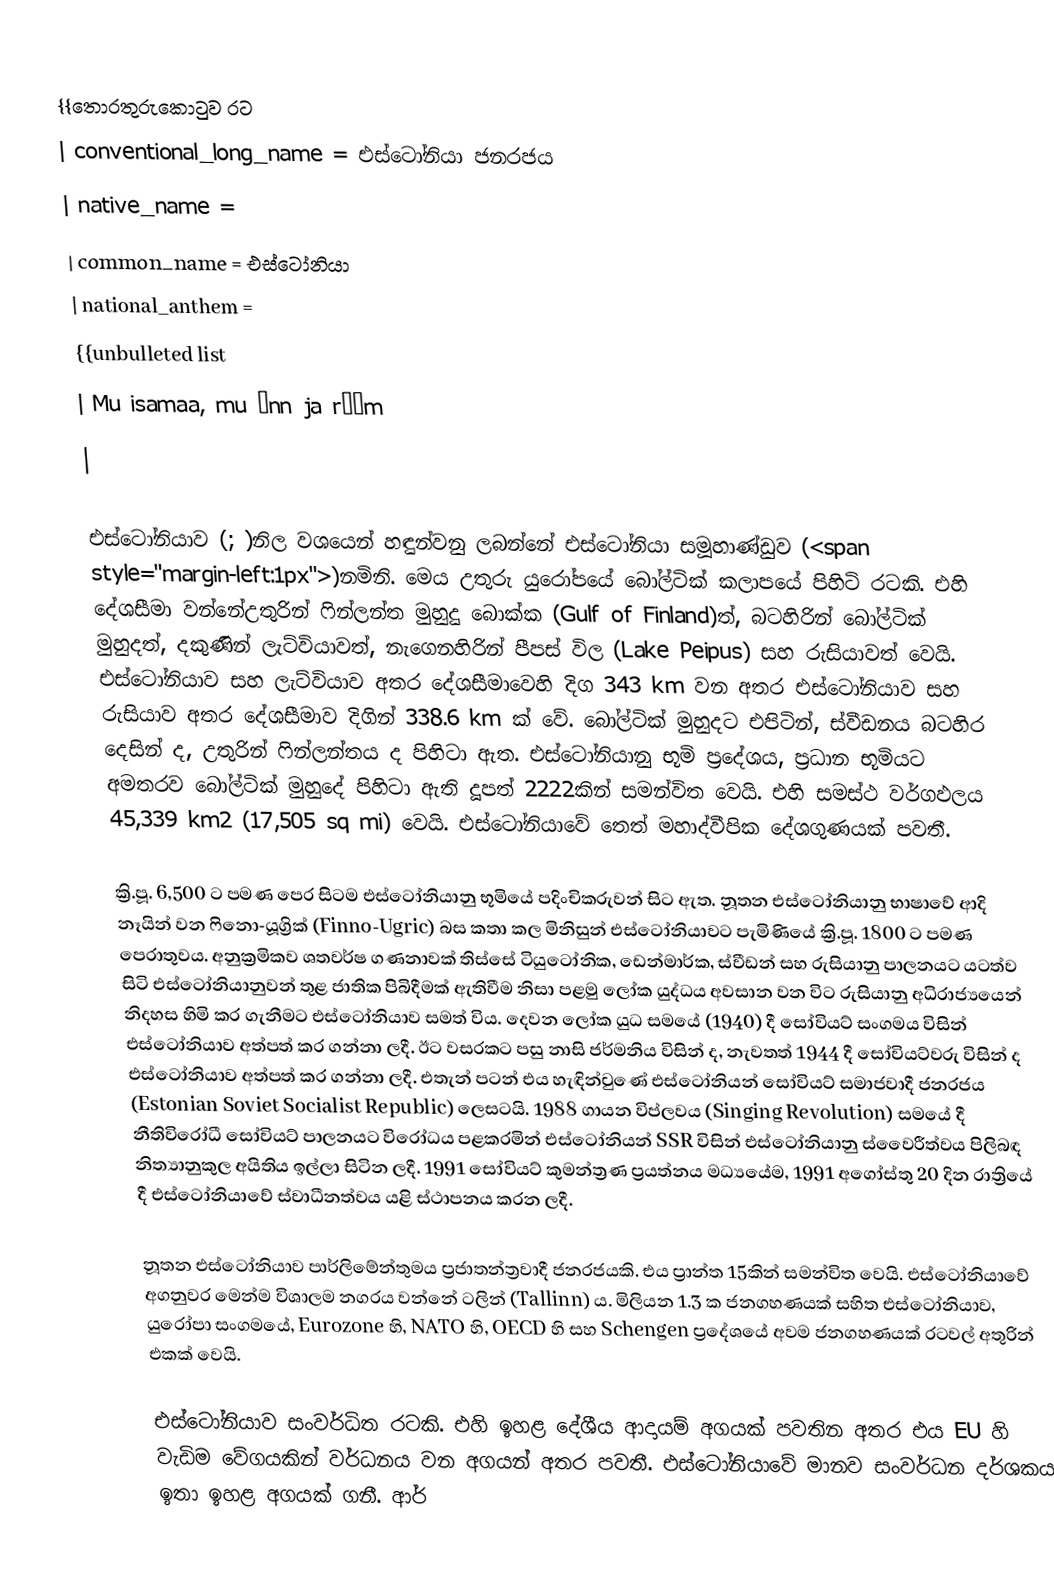
{{තොරතුරුකොටුව රට
| conventional_long_name = එස්ටෝනියා ජනරජය
| native_name =
| common_name = එස්ටෝනියා
| national_anthem =
 {{unbulleted list
  | Mu isamaa, mu õnn ja rõõm
  |

එස්ටෝනියාව (;  )නිල වශයෙන් හඳුන්වනු ලබන්නේ එස්ටෝනියා සමූහාණ්ඩුව (<span style="margin-left:1px">)නමිනි. මෙය උතුරු යුරෝපයේ බෝල්ටික් කලාපයේ පිහිටි රටකි. එහි දේශසීමා වන්නේඋතුරින් ෆින්ලන්ත මුහුදු බොක්ක (Gulf of Finland)ත්,  බටහිරින් බෝල්ටික් මුහුදත්, දකුණින් ලැට්වියාවත්, නැගෙනහිරින් පීපස් විල (Lake Peipus) සහ රුසියාවත් වෙයි. එස්ටෝනියාව සහ ලැට්වියාව අතර දේශසීමාවෙහි දිග 343 km වන අතර එස්ටෝනියාව සහ රුසියාව අතර දේශසීමාව දිගින් 338.6 km ක් වේ.  බෝල්ටික් මුහුදට එපිටින්, ස්වීඩනය බටහිර දෙසින් ද, උතුරින් ෆින්ලන්තය ද පිහිටා ඇත. එස්ටෝනියානු භූමි ප්‍රදේශය, ප්‍රධාන භූමියට අමතරව බෝල්ටික් මුහුදේ පිහිටා ඇති දූපත් 2222කින් සමන්විත වෙයි. එහි සමස්ථ වර්ගඵලය 45,339 km2 (17,505 sq mi) වෙයි. එස්ටෝනියාවේ තෙත් මහාද්වීපික දේශගුණයක් පවතී.

ක්‍රි.පූ. 6,500 ට පමණ පෙර සිටම එස්ටෝනියානු භූමියේ පදිංචිකරුවන් සිට ඇත. නූතන එස්ටෝනියානු භාෂාවේ ආදි නෑයින් වන ෆිනො-යූග්‍රික් (Finno-Ugric) බස කතා කල මිනිසුන් එස්ටෝනියාවට පැමිණියේ ක්‍රි.පූ. 1800 ට පමණ පෙරාතුවය. අනුක්‍රමිකව ශතවර්ෂ ගණනාවක් තිස්සේ ටියුටෝනික, ඩෙන්මාර්ක, ස්වීඩන් සහ රුසියානු පාලනයට යටත්ව සිටි එස්ටෝනියානුවන් තුළ ජාතික පිබිදීමක් ඇතිවීම නිසා පළමු ලෝක යුද්ධය අවසාන වන විට රුසියානු අධිරාජ්‍යයෙන් නිදහස හිමි කර ගැනීමට එස්ටෝනියාව සමත් විය. දෙවන ලෝක යුධ සමයේ (1940) දී සෝවියට් සංගමය විසින් එස්ටෝනියාව අත්පත් කර ගන්නා ලදී. ඊට වසරකට පසු නාසි ජර්මනිය විසින් ද, නැවතත් 1944 දී සෝවියට්වරු විසින් ද එස්ටෝනියාව අත්පත් කර ගන්නා ලදී. එතැන් පටන් එය හැඳින්වුණේ එස්ටෝනියන් සෝවියට් සමාජවාදී ජනරජය (Estonian Soviet Socialist Republic) ලෙසටයි. 1988 ගායන විප්ලවය (Singing Revolution) සමයේ දී නීතිවිරෝධී සෝවියට් පාලනයට විරෝධය පළකරමින් එස්ටෝනියන් SSR විසින් එස්ටෝනියානු ස්වෛරීත්වය පිලිබඳ නිත්‍යානුකුල අයිතිය ඉල්ලා සිටින ලදී. 1991 සෝවියට් කුමන්ත්‍රණ ප්‍රයත්නය මධ්‍යයේම, 1991 අගෝස්තු 20 දින රාත්‍රියේ දී එස්ටෝනියාවේ ස්වාධීනත්වය යළි ස්ථාපනය කරන ලදී.

නූතන එස්ටෝනියාව පාර්ලිමේන්තුමය ප්‍රජාතන්ත්‍රවාදී ජනරජයකි. එය ප්‍රාන්ත 15කින් සමන්විත වෙයි. එස්ටෝනියාවේ අගනුවර මෙන්ම විශාලම නගරය වන්නේ ටලින් (Tallinn) ය. මිලියන 1.3 ක ජනගහණයක් සහිත එස්ටෝනියාව, යුරෝපා සංගමයේ, Eurozone හි, NATO හි, OECD හි සහ Schengen ප්‍රදේශයේ අවම ජනගහණයක් රටවල් අතුරින් එකක් වෙයි.

එස්ටෝනියාව සංවර්ධිත රටකි. එහි ඉහළ දේශීය ආදායම් අගයක් පවතින අතර එය EU හි වැඩිම වේගයකින් වර්ධනය වන අගයන් අතර පවතී. එස්ටෝනියාවේ මානව සංවර්ධන දර්ශකය ඉතා ඉහළ අගයක් ගනී. ආර්